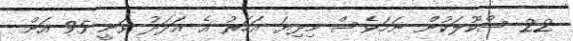
22 ސްކޫލަކުން ނަމަވެސް މިދިޔަ އަހަރު އެ އަދަދު ވަނީ 95 އަށް